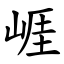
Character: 崕